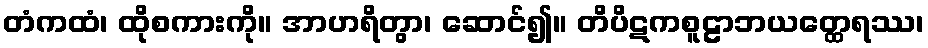
တံကထံ၊ ထိုစကားကို။ အာဟရိတွာ၊ ဆောင်၍။ တိပိဋကစူဠာဘယတ္ထေရဿ၊